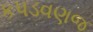
કપડવણજ